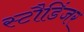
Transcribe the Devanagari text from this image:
स्टौडिंजर